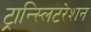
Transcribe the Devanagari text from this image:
ट्रान्स्लिटरेशन